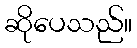
ဆိုပေသည်။